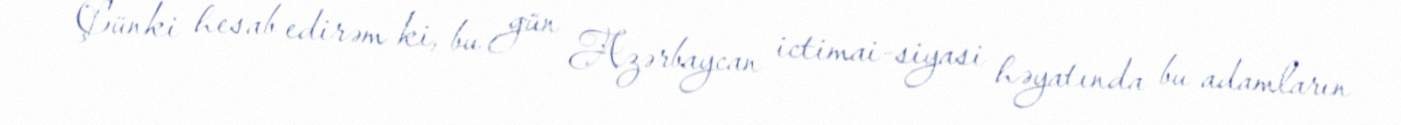
Çünki hesab edirəm ki, bu gün Azərbaycan ictimai-siyasi həyatında bu adamların